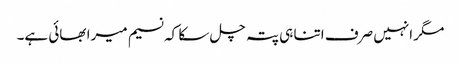
مگر انہیں صرف اتنا ہی پتہ چل سکا کہ نسیم میرا بھائی ہے۔